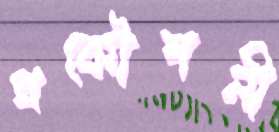
প্রকৌশলী